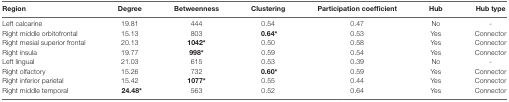
<table><thead><tr><td><b>Region</b></td><td><b>Degree</b></td><td><b>Betweenness</b></td><td><b>Clustering</b></td><td><b>Participation coefficient</b></td><td><b>Hub</b></td><td><b>Hub type</b></td></tr></thead><tbody><tr><td>Left calcarine</td><td>19.81</td><td>444</td><td>0.54</td><td>0.47</td><td>No</td><td>-</td></tr><tr><td>Right middle orbitofrontal</td><td>15.13</td><td>803</td><td><b>0.64*</b></td><td>0.53</td><td>Yes</td><td>Connector</td></tr><tr><td>Right mesial superior frontal</td><td>20.13</td><td><b>1042*</b></td><td>0.50</td><td>0.58</td><td>Yes</td><td>Connector</td></tr><tr><td>Right insula</td><td>19.77</td><td><b>998*</b></td><td>0.59</td><td>0.54</td><td>Yes</td><td>Connector</td></tr><tr><td>Left lingual</td><td>21.03</td><td>615</td><td>0.53</td><td>0.39</td><td>No</td><td>-</td></tr><tr><td>Right olfactory</td><td>15.26</td><td>732</td><td><b>0.60*</b></td><td>0.59</td><td>Yes</td><td>Connector</td></tr><tr><td>Right inferior parietal</td><td>15.42</td><td><b>1077*</b></td><td>0.55</td><td>0.44</td><td>Yes</td><td>Connector</td></tr><tr><td>Right middle temporal</td><td><b>24.48*</b></td><td>563</td><td>0.52</td><td>0.64</td><td>Yes</td><td>Connector</td></tr></tbody></table>